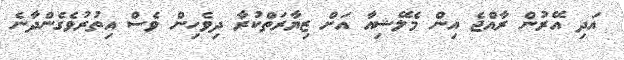
އަދި އޭރުން ރާއްޖެ އިން މެލޭޝިއާ އަށް ޒިޔާރަތްކުރާ ދިވެހިން ވެސް އިތުރުވެގެންދާނެ